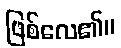
ဖြစ်လေ၏။